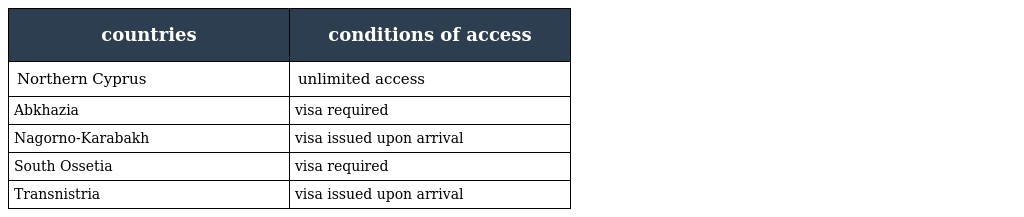
| countries | conditions of access |
 | --- | --- |
 | Northern Cyprus | unlimited access |
 | Abkhazia | visa required |
 | Nagorno-Karabakh | visa issued upon arrival |
 | South Ossetia | visa required |
 | Transnistria | visa issued upon arrival |